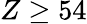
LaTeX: Z\ge 54